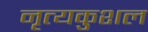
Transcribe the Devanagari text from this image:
नृत्यकुशल